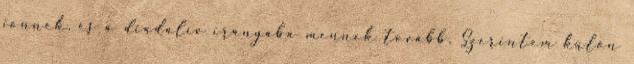
jönnek, és a diadalív irányába mennek tovább. Szerintem külön